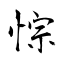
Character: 悰